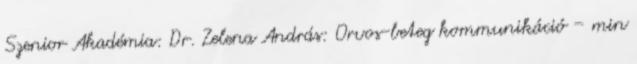
Szenior Akadémia: Dr. Zelena András: Orvos-beteg kommunikáció – min